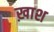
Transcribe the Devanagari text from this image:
ख़ाश